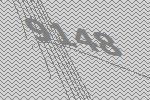
9148